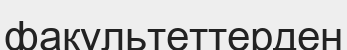
факультеттерден